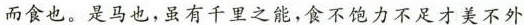
\underline{而食也}。是马也，虽有千里之能，食不饱力不足才美不外